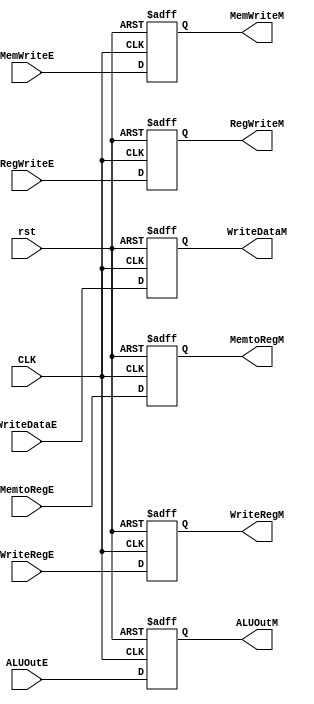
module Mem_Reg (
input [31:0] ALUOutE , WriteDataE,
input [4:0] WriteRegE,
input CLK , rst , RegWriteE , MemtoRegE , MemWriteE,
output reg [31:0] ALUOutM , WriteDataM,
output reg [4:0] WriteRegM,
output reg RegWriteM , MemtoRegM , MemWriteM 
);
 always @( posedge CLK or negedge rst )
begin
if ( !rst ) begin
ALUOutM <= 32'b0;
WriteDataM <= 32'b0;
WriteRegM <= 5'b0;
RegWriteM <= 1'b0;
MemtoRegM <= 1'b0;
MemWriteM <= 1'b0;
end
else begin
ALUOutM <= ALUOutE;
WriteDataM <= WriteDataE;
WriteRegM <= WriteRegE;
RegWriteM <= RegWriteE;
MemtoRegM <= MemtoRegE;
MemWriteM <= MemWriteE;
end
end

endmodule